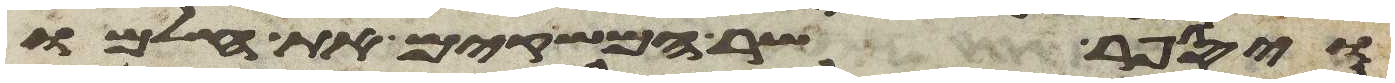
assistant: ויספר שר המשקים את חלמו